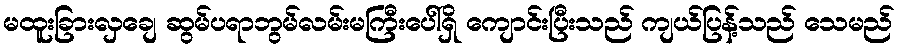
မထူးခြားလှချေ ဆွမ်ပရာဘွမ်လမ်းမကြီးပေါ်ရှိ ကျောင်းပြီးသည် ကျယ်ပြန့်သည် သေမည်